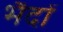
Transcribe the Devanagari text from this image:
भैदों